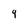
Character: 9